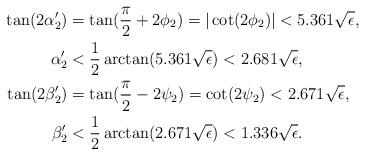
LaTeX: \begin{align*}\tan(2\alpha_2') & =\tan(\frac{\pi}{2}+2\phi_2)=|\cot(2\phi_2)|< 5.361\sqrt\epsilon, \\\alpha_2' & <\frac{1}{2}\arctan(5.361\sqrt{\epsilon})< 2.681\sqrt{\epsilon}, \\\tan(2\beta_2') & =\tan(\frac{\pi}{2}-2\psi_2)=\cot(2\psi_2)< 2.671\sqrt\epsilon, \\\beta_2' & <\frac{1}{2}\arctan(2.671\sqrt{\epsilon})< 1.336\sqrt{\epsilon}.\end{align*}